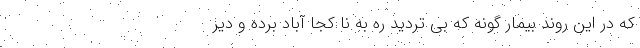
که در این روند بیمار گونه که بی تردید ره به نا کجا آباد برده و دیر